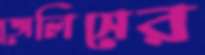
জেলিসের